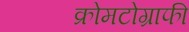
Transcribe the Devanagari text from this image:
क्रोमटोग्राफी